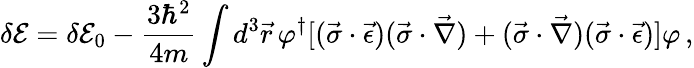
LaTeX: \delta{\cal E}=\delta{\cal E}_{0}-\frac{3\hbar^{2}}{4m}\int d^{3}\vec{r}\, \varphi^{\dagger}[(\vec{\sigma}\cdot\vec{\epsilon})(\vec{\sigma}\cdot\vec{\nabla})+(\vec{\sigma}\cdot\vec{\nabla})(\vec{\sigma}\cdot\vec{\epsilon})]\varphi\, {,}